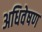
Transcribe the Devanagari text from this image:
अधिवेषण